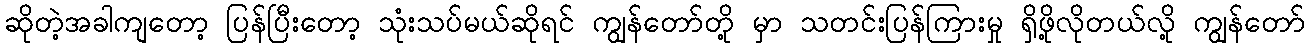
ဆိုတဲ့အခါကျတော့ ပြန်ပြီးတော့ သုံးသပ်မယ်ဆိုရင် ကျွန်တော်တို့ မှာ သတင်းပြန်ကြားမှု ရှိဖို့လိုတယ်လို့ ကျွန်တော်